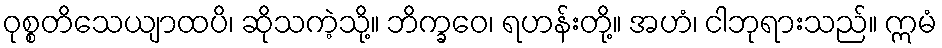
ဝုစ္စတိသေယျာထပိ၊ ဆိုသကဲ့သို့။ ဘိက္ခဝေ၊ ရဟန်းတို့။ အဟံ၊ ငါဘုရားသည်။ ဣမံ